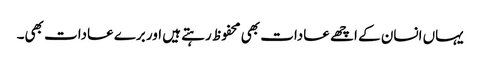
یہاں انسان کے اچھے عادات بھی محفوظ رہتے ہیں اور برے عادات بھی۔